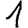
Digit: 1